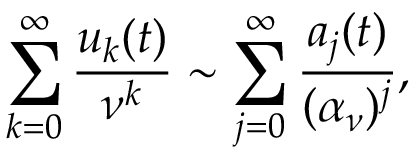
\sum _ { k = 0 } ^ { \infty } { \frac { u _ { k } ( t ) } { \nu ^ { k } } } \sim \sum _ { j = 0 } ^ { \infty } { \frac { a _ { j } ( t ) } { ( \alpha _ { \nu } ) ^ { j } } } ,